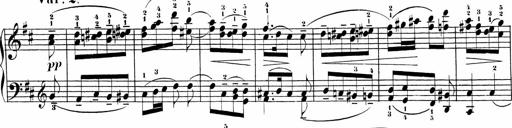
Title: Sonatinen Op.47, 98 und 136, nebst 6 Liedersonatinen
Composer: Carl Reinecke